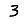
Digit: 3